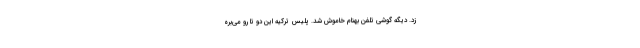
زد. ديگه گوشي تلفن بهنام خاموش شد. پليس تركيه اين دو تا رو مي‌بره